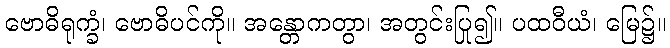
ဗောဓိရုက္ခံ၊ ဗောဓိပင်ကို။ အန္တောကတွာ၊ အတွင်းပြု၍။ ပထဝီယံ၊ မြေ၌။